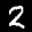
Label: 2